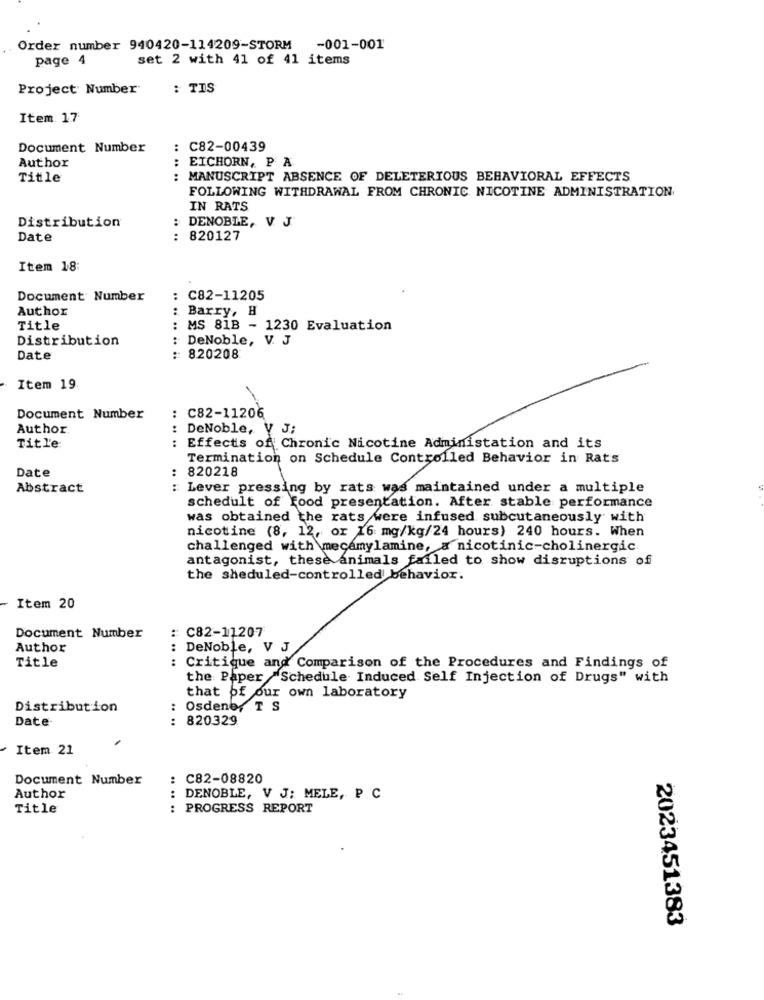
Order number 940420-114209-STORM -001-001
page 4
set 2 with 41 of 41 items
Project Number
: TIS
Item 17
Document Number
: C82-00439
: EICHORN, P A
.. ..
Author
Title
: MANUSCRIPT ABSENCE OF DELETERIOUS BEHAVIORAL EFFECTS
FOLLOWING WITHDRAWAL FROM CHRONIC NICOTINE ADMINISTRATION
IN RATS
Distribution
: DENOBLE, V. J.
Date
: 820127
Item 18:
Document Number
C82-11205
Author
Barry, H
Title
: MS 81B - 1230 Evaluation
Distribution
DeNoble, V. J
Date
:: 820208
Item 19
Document Number
: C82-11206
Author
DeNoble, V J;
Title:
Effects of Chronic Nicotine Administation and its
Termination on Schedule Controlled Behavior in Rats
Date
:
820218
Abstract
: Lever pressing by rats was maintained under a multiple
schedult of Food presentation. After stable performance
was obtained the rats were infused subcutaneously with
nicotine (8, 12, or 16 mg/kg/24 hours) 240 hours. When
challenged with mecamylamine, a nicotinic-cholinergic.
antagonist, these animals failed to show disruptions of
the sheduled-controlled behavior.
Item 20
Document Number
: C82-11207
Author
: DeNoble, V J
Title
: Critique and Comparison of the Procedures and Findings of
the Paper "Schedule Induced Self Injection of Drugs" with
that of our own laboratory
Distribution
: Osdene, T S
Date-
: 820329
Item 21
Document Number
: C82-08820
Author
DENOBLE, V J; MELE, P C
Title
: PROGRESS REPORT
2023451383